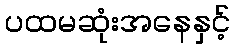
ပထမဆုံးအနေနှင့်